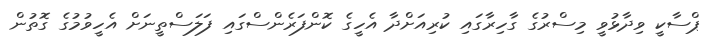
ޕްސާކީ ވިދާޅުވީ މިސްރުގެ ގާހިރާގައި ކުރިއަށްދާ އެހީގެ ކޮންފަރެންސްގައި ފަލަސްތީނަށް އެހީވުމުގެ ގޮތުން